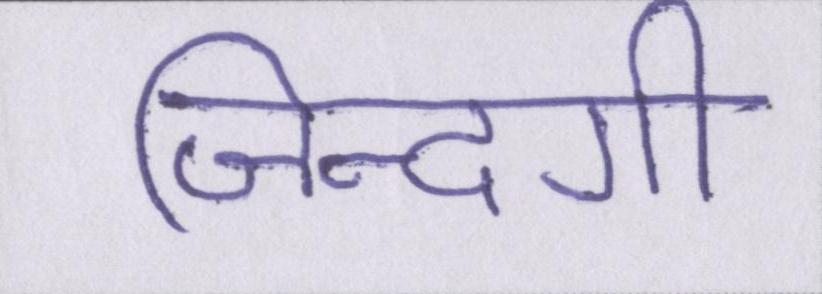
जिन्दगी